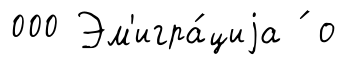
000 Эм'игра́циjа ́ о